Vaccination North-Western Provinces and Oudh 1896-1901 - 1896-1901
Year: 1896
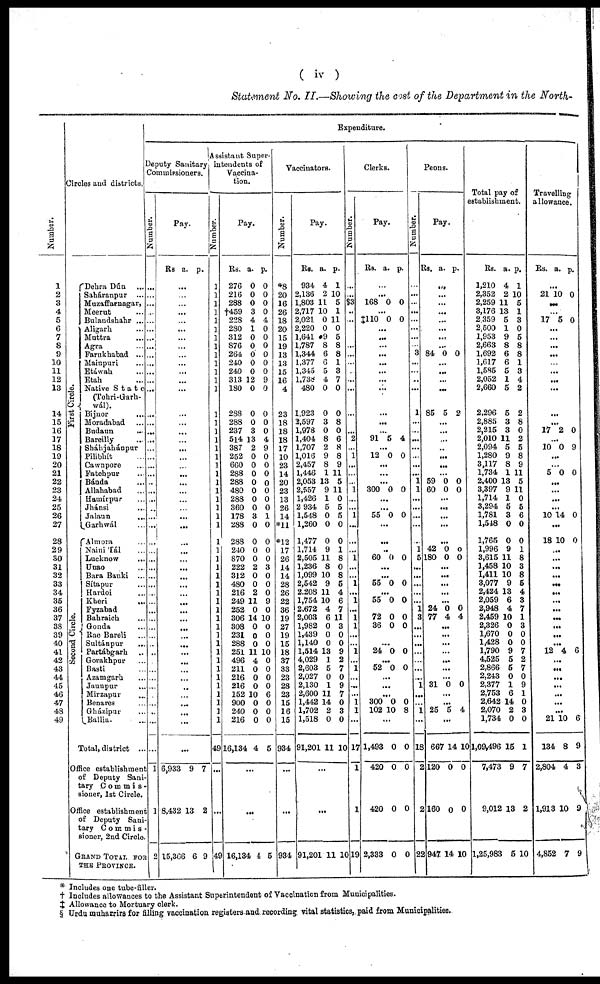
( iv )
Statement No. II.—Showing the cost of the Department in the North-
Number.
1
2
3
4
5
6
7
8
9
10
11
12
13
14
15
16
17
18
19
20
21
22
23
24
25
26
27
28
29
30
31
32
33
34
35
36
37
38
39
40
41
42
43
44
45
46
47
48
49
Circles and districts.
First Circle.
Second Circle.
Dehra Dún ...
Saháranpur ...
Muzaffarnagar,
Meerut ...
Bulandshahr ...
Aligarh ...
Muttra ...
Agra ...
Farukhabad ...
Mainpuri ...
Etáwah ...
Etah ...
Native State
(Tehri-Garh¬
wál).
Bijnor
...
Moradabad ...
Budaun ...
Bareilly ...
Sháhjahánpur
Pilibhít ...
Cawnpore ...
Fatehpur ...
Bánda ...
Allahabad ...
Hamírpur ...
Jhánsi ...
Jalaun ...
Garwál ...
Almora ...
Naini Tál ...
Lucknow
...
Unao ...
Bara Banki ...
Sítapur ...
Hardoi ...
Kheri ...
Fyzabad
Bahraich ...
Gonda ...
Rae Bareli ...
Sultánpur ...
Partábgarh ...
Gorakhpur ...
Basti ...
Azamgarh ...
Jaunpur ...
Mirzapur ...
Benares ...
Gházipur ...
Ballia. ...
Total, district ...
Office establishment
of Deputy Sani-
tary Commis-
sioner, 1st Circle.
Office establishment
of Deputy Sani-
tary Commis¬
sioner, 2nd Circle.
GRAND TOTAL FOR
THE PROVINCE.
Expenditure.
Deputy Sanitary
Commissioners.
Number.
...
...
...
...
...
...
...
...
...
...
...
...
...
...
...
...
...
...
...
...
...
...
...
...
...
...
...
...
...
...
...
...
...
...
...
...
...
...
...
...
...
...
...
...
...
...
...
...
...
...
1
1
2
Pay.
Rs a. p.
...
...
...
...
...
...
...
...
...
...
...
...
...
...
...
...
...
...
...
...
...
...
...
...
...
...
...
...
...
...
...
...
...
...
...
...
...
...
...
...
...
...
...
...
...
...
...
...
...
...
6,933
8,432
15,366
9
13
6
7
2
9
Assistant Super-
intendents of
Vaccina-
tion.
Number.
1
1
1
1
1
1
1
1
1
1
1
1
1
1
1
1
1
1
1
1
1
1
1
1
1
1
1
1
1
1
1
1
1
1
1
1
1
1
1
1
1
1
1
1
1
1
1
1
1
49
...
...
49
Pay.
Rs.
276
216
288
†459
228
280
312
876
264
240
240
313
180
288
288
237
514
387
252
660
288
288
480
288
360
178
288
288
24,0
870
222
312
480
216
249
252
306
308
231
288
251
496
211
216
216
152
900
240
216
16,134
a.
0
0
0
3
4
1
0
0
0
0
0
12
0
0
0
3
13
2
0
0
0
0
0
0
0
3
0
0
0
0
2
0
0
2
11
0
14
0
0
0
11
4
0
0
0
10
0
0
0
4
p.
0
0
0
0
4
0
0
0
0
0
0
9
0
0
0
0
4
9
0
0
0
0
0
0
0
1
0
0
0
0
3
0
0
0
9
0
10
0
0
0
10
0
0
0
0
6
0
0
0
5
...
...
16,134 4 5
Vaccinators.
Number.
*8
20
16
26
18
20
15
19
13
13
15
16
4
23
18
18
18
17
10
23
14
20
23
13
26
14
*11
*12
17
26
14
14
28
26
22
36
19
27
19
15
18
37
33
23
28
23
15
16
15
934
...
...
984
Pay.
Rs.
934
2,136
1,803
2,717
2,021
2,220
1,641
1,787
1,344
1,377
1,345
l,738
480
1,923
3,597
1,978
1,404
1,707
1,016
2,457
1,446
2,053
2,557
1,426
2 934
1,548
1,260
1,477
1,714
2,505
1,236
1,099
2,542
2,208
1,754
2,672
2,003
1,982
1,439
1,140
1,514
4,029
2,603
2,027
2,130
2,600
1,442
1,702
1,518
91,201
a.
4
2
11
10
0
0
9
8
6
6
5
4
0
0
3
0
8
2
9
8
1
13
9
1
5
0
0
0
9
11
8
10
9
11
10
4
6
0
0
0
13
1
5
0
1
11
14
2
0
11
p.
1
10
5
1
11
0
5
8
8
1
3
7
0
0
8
0
6
8
8
9
11
5
11
0
5
5
0
0
1
8
0
8
5
4
6
7
11
3
0
0
9
2
7
0
9
7
0
3
0
10
...
...
91,201 11 10
Clerks.
Number.
...
...
δ3
...
..
...
...
...
...
...
...
...
...
...
...
...
2
...
1
...
...
...
1
...
...
1
...
...
...
1
...
...
1
...
1
...
1
1
...
...
1
...
1
...
...
..
1
1
...
17
1
1
19
Pay.
Rs. a. p.
...
...
168 0 0
...
‡110 0 0
...
...
...
...
...
...
...
...
...
...
...
91 5 4
...
12 0 0
...
...
...
300 0 0
...
...
55 0 0
...
...
...
60 0 0
...
...
55 0 0
...
55 0 0
...
72
36
0
0
0
0
...
...
24 0 0
...
52 0 0
...
...
...
300
102
0
10
0
8
...
1,493
420
420
2,333
0
0
0
0
0
0
0
0
Peons.
Number.
...
...
...
...
...
...
...
3
...
...
...
...
1
...
...
...
...
...
...
...
1
1
...
...
...
...
...
1
5
...
...
...
...
...
1
3
...
...
...
...
...
...
...
1
...
...
1
...
18
2
2
22
Pay.
Rs. a. p.
...
...
...
...
...
...
...
...
84 0 0
...
...
...
...
85 5 2
...
...
...
...
...
...
...
59
60
0
0
0
0
...
...
...
...
...
42
180
0
0
0
0
...
...
...
...
...
24
77
0
4
0
4
...
...
...
...
...
...
...
31 0 0
...
...
25 5 4
...
667
120
160
947
14
0
0
14
10
0
0
10
Total pay of
establishment.
Rs.
1,210
2,352
2,259 1
3,176 1
2,359
2,500
1,953
2,663
1,692
1,617
1,585
2,052
2,660
2,296
2,885
2,215
2,010
2,094
1,280
3,117
1,734
2,400
3,397
1,714
3,294
1,781
1,548
1,765
1,996
3,615
1,458
1,411
3,077
2,424
2,059
2,948
2,459
2,326
1,670
1,428
1,790
4,525
2,866
2,243
2,377
2,753
2,642
2,070
1,734
1,09,496
7,473
9,012
1,25,983
a.
4
2
1
3
5
1
9
8
6
6
5
1
5
5
3
3
11
5
9
8
1
13
9
1
5
3
0
0
9
11
10
10
9
13
6
4
10
0
0
0
9
5
5
0
1
6
14
2
0
15
9
13
5
p.
1
10
5
1
3
0
5
8
8
1
3
4
2
2
8
0
2
5
8
9
11
5
11
0
5
6
0
0
1
8
3
8
5
4
3
7
1
3
0
0
7
2
7
0
9
1
0
3
0
1
7
2
10
Travelling
allowance.
Rs. a. p.
...
21 10 0
...
...
17 5 0
...
...
...
...
...
...
...
...
...
...
17 2 0
...
10 0 9
...
...
5 0 0
...
...
...
...
10 14 0
...
18 10 0
...
...
...
...
...
...
...
...
...
...
...
...
12 4 6
...
...
...
...
...
...
...
21
134
2,804
1,913
4,852
10
8
4
10
7
6
9
3
9
9
* Includes one tube-filler.
† Includes allowances to the Assistant Superintendent of Vaccination from Municipalities.
‡ Allowance to Mortuary clerk.
§ Urdu muharrirs for filling vaccination registers and recording vital statistics, paid from Municipalities.